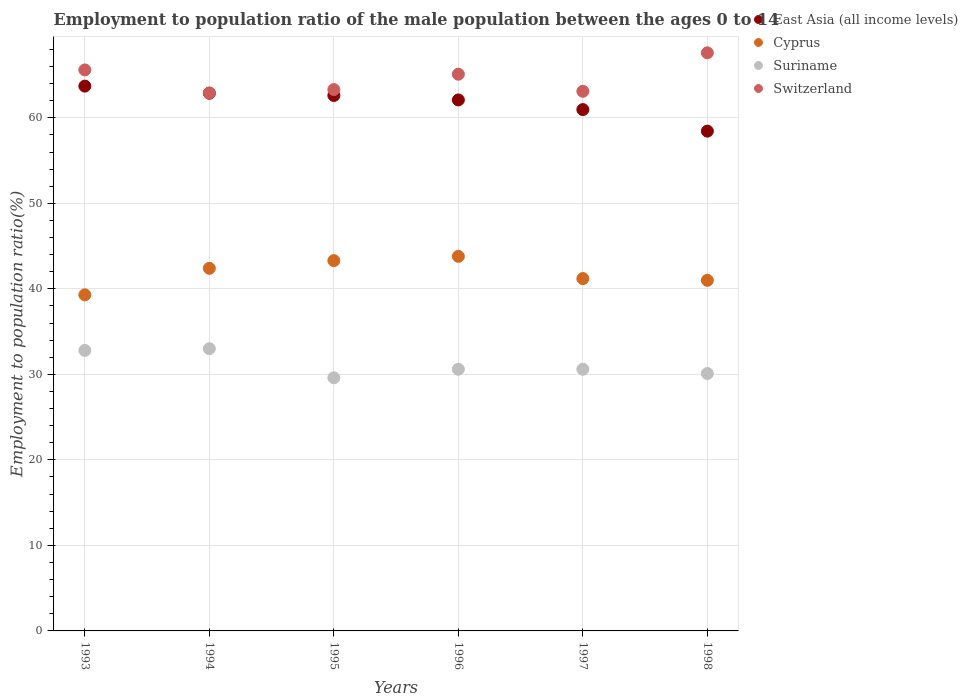
| Years | East Asia (all income levels) | Cyprus | Suriname | Switzerland |
 | --- | --- | --- | --- | --- |
 | 1993 | 63.7 | 39.3 | 32.8 | 65.6 |
 | 1994 | 62.9 | 42.4 | 33 | 62.9 |
 | 1995 | 62.6 | 43.3 | 29.6 | 63.3 |
 | 1996 | 62.1 | 43.8 | 30.6 | 65.1 |
 | 1997 | 61 | 41.2 | 30.6 | 63.1 |
 | 1998 | 58.4 | 41 | 30.1 | 67.6 |